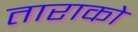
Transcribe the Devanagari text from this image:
ताराको